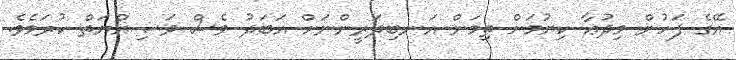
އޭގެ ފަހުން މިދުޢާ ކިޔުމަށް ތިމަން އަނބިދަރީންނަށް އަބަދު ވެސް ވަޞިއްޔަތް ކުރަމެވެ.